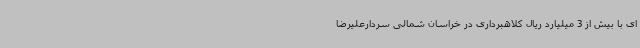
ای با بیش از 3 میلیارد ریال کلاهبرداری در خراسان شمالی سردارعلیرضا